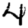
Digit: 4